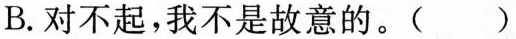
B.对不起，我不是故意的。()